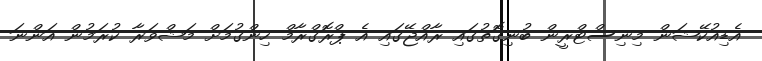
އެޑިއުކޭޝަން މިނިސްޓްރީން ބުނިގޮތުގައި ރާއްޖޭގައި އެ ޕްރޮގްރާމް ހިންގުމަށް މަޝްވަރާ ކުރަމުން އަންނަ